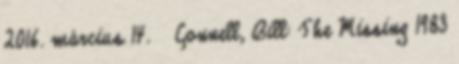
2016. március 14. ↑ Connell, Bill: The Missing 1983